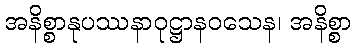
အနိစ္စာနုပဿနာဝုဋ္ဌာနဝသေန၊ အနိစ္စာ